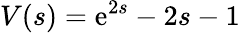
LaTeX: V(s)=\textrm{e}^{2s}-2s-1